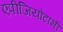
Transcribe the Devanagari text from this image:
एपीजियोटामी